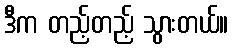
ဒီက တည့်တည့် သွားတယ်။